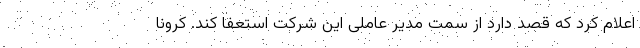
اعلام کرد که قصد دارد از سمت مدیر عاملی این شرکت استعفا کند. کرونا